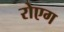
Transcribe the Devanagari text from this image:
रोएग